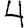
Digit: 4